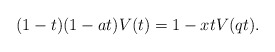
\begin{align*}(1-t)(1-at)V(t)=1-xtV(qt).\end{align*}